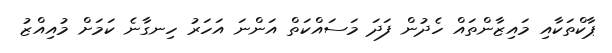
ޕާކްތަކާއި މައިޒާންތައް ހެދުން ފަދަ މަސައްކަތް އަންނަ އަހަރު ހިނގާނެ ކަމަށް މުއިއްޒު